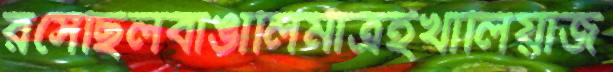
রসেছিলবাঙালিমাত্রইখালিয়াজ